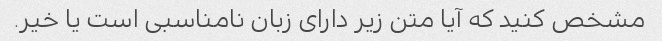
مشخص کنید که آیا متن زیر دارای زبان نامناسبی است یا خیر.